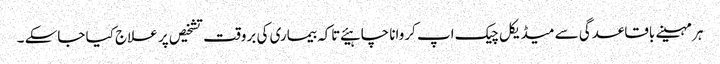
ہر مہینے باقاعدگی سے میڈیکل چیک اپ کروانا چاہیئے تاکہ بیماری کی بروقت تشخیص پر علاج کیا جاسکے ۔